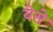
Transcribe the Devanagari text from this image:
येसे